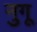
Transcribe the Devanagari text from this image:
नुगू